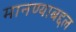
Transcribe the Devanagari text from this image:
मानण्याबद्दल